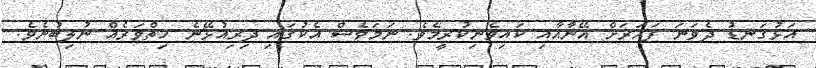
އަޅުގަނޑު ދެވަނަ ފަހަރަށް އޭނާއާއި ކައިވެނިކުރީމެވެ. ނަމަވެސް އެކުގައި ދިރިއުޅޭނެ ހިތްވަރެއް ނުލިބުނެވެ.